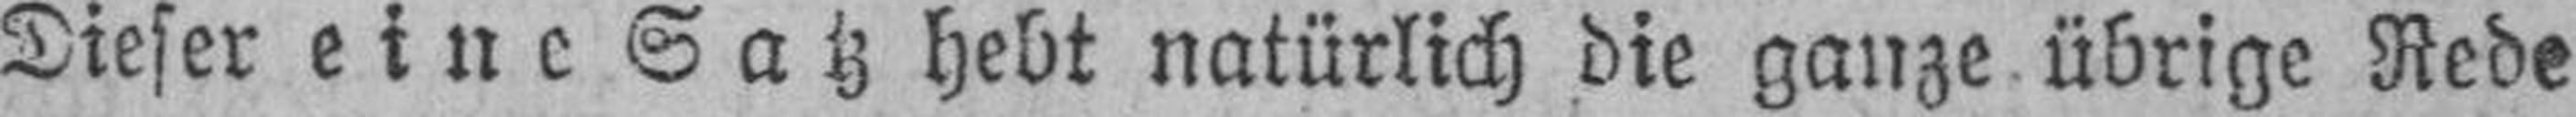
Dieser eine Satz hebt natürlich die ganze übrige Rede